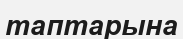
таптарына